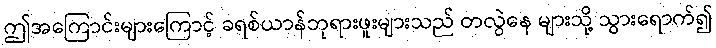
ဤအကြောင်းများကြောင့် ခရစ်ယာန်ဘုရားဖူးများသည် တလွဲနေ များသို့ သွားရောက်၍